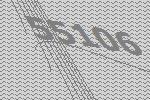
55106